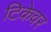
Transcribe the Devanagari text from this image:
टिकेवर